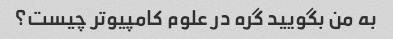
به من بگویید گره در علوم کامپیوتر چیست؟